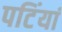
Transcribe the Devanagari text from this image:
पटिंयां